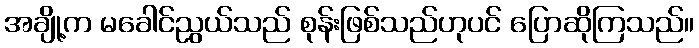
အချို့က မခေါင်ညွယ်သည် စုန်းဖြစ်သည်ဟုပင် ပြောဆိုကြသည်။